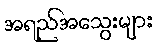
အရည်အသွေးများ